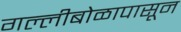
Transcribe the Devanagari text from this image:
गल्लीबोळापासून